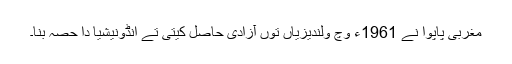
مغربی پاپوا نے 1961ء وچ ولندیزیاں توں آزادی حاصل کیتی تے انڈونیشیا دا حصہ بنا۔